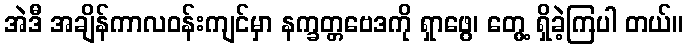
အဲဒီ အချိန်ကာလဝန်းကျင်မှာ နက္ခတ္တဗေဒကို ရှာဖွေ၊ တွေ့ ရှိခဲ့ကြပါ တယ်။